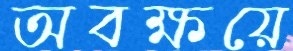
অবক্ষয়ে